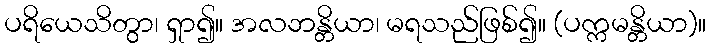
ပရိယေသိတွာ၊ ရှာ၍။ အလဘန္တိယာ၊ မရသည်ဖြစ်၍။ (ပက္ကမန္တိယာ)။